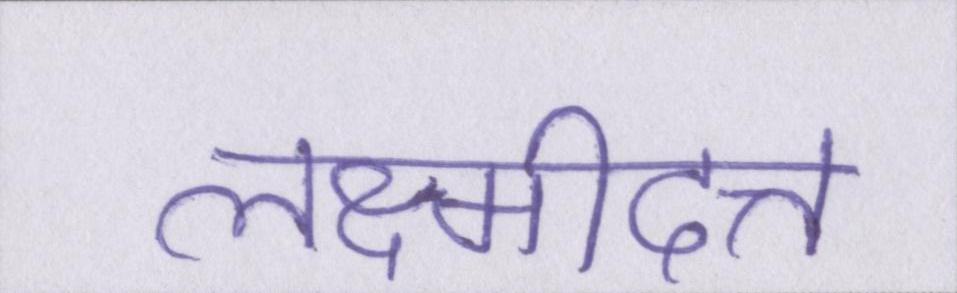
लक्ष्मीदत्त